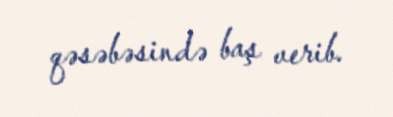
qəsəbəsində baş verib.